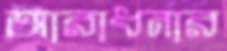
আরাধনার